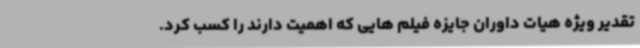
تقدیر ویژه هیات داوران جایزه فیلم هایی که اهمیت دارند را کسب کرد.